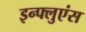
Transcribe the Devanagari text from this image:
इन्फ्लुएंस